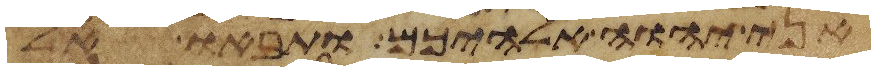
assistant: אני יהוה אלהיכם ותבאו אל